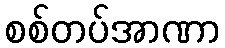
စစ်တပ်အာဏာ